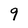
Character: 9